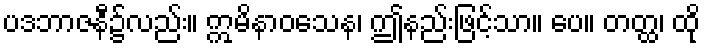
ပဒဘာဇနီ၌လည်း။ ဣမိနာဝသေန၊ ဤနည်းဖြင့်သာ။ ပေ။ တတ္ထ၊ ထို